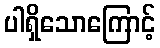
ပါရှိသောကြောင့်